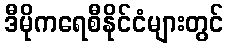
ဒီမိုကရေစီနိုင်ငံများတွင်